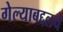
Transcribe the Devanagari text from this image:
गेल्याबद्दलचे